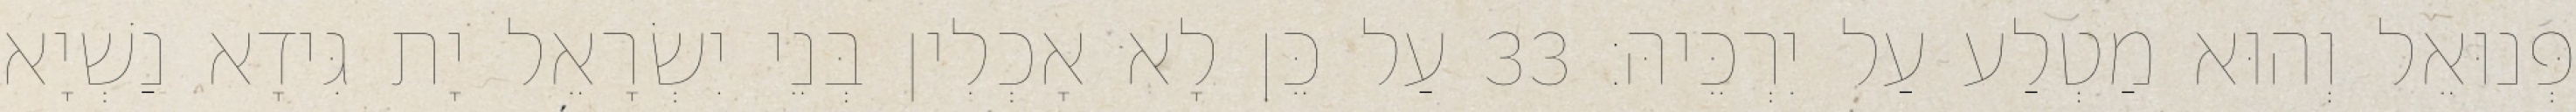
פְּנוּאֵל וְהוּא מַטְלַע עַל יִרְכֵּיהּ׃ 33 עַל כֵּן לָא אָכְלִין בְּנֵי יִשְׂרָאֵל יָת גִּידָא נַשְׁיָא